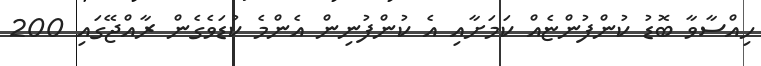
ހިއްސާވާ ބޮޑު ކުންފުންޏެއް ކަމަށާއި އެ ކުންފުނިން އެންމެ ކުޑަވެގެން ރާއްޖޭގައި 200